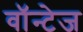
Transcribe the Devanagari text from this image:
वॉन्टेज